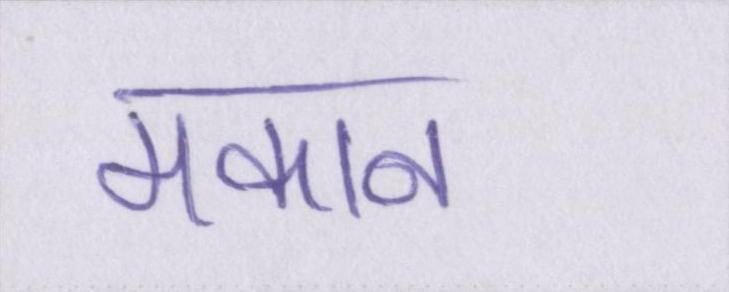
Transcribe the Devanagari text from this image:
मकान